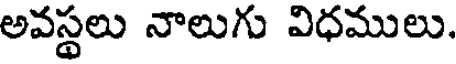
అవస్థలు నాలుగు విధములు.